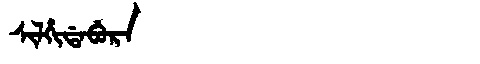
Manchu: ᠰᡳᠯᡥᡳᡩᠠᠪᡠᡵᠠ
Romanization: SILHIDABURA